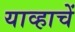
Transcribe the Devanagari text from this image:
याव्हाचें